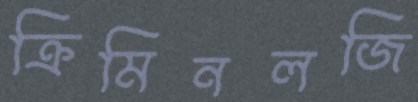
ক্রিমিনলজি